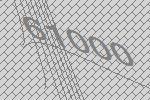
61000